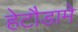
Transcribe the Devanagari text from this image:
हेटौडामे